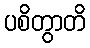
ပစိတွာတိ